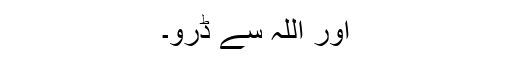
اور اللہ سے ڈرو۔